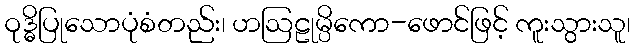
ဝုဒ္ဓိပြုသောပုံစံတည်း၊ ဟဩဠုမ္ပိကော-ဖောင်ဖြင့် ကူးသွားသူ၊